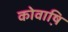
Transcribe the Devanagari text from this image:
कोवाष़ि